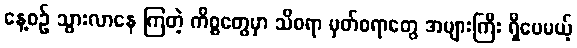
နေ့စဉ် သွားလာနေ ကြတဲ့ ကိစ္စတွေမှာ သိစရာ မှတ်စရာတွေ အများကြီး ရှိပေမယ့်